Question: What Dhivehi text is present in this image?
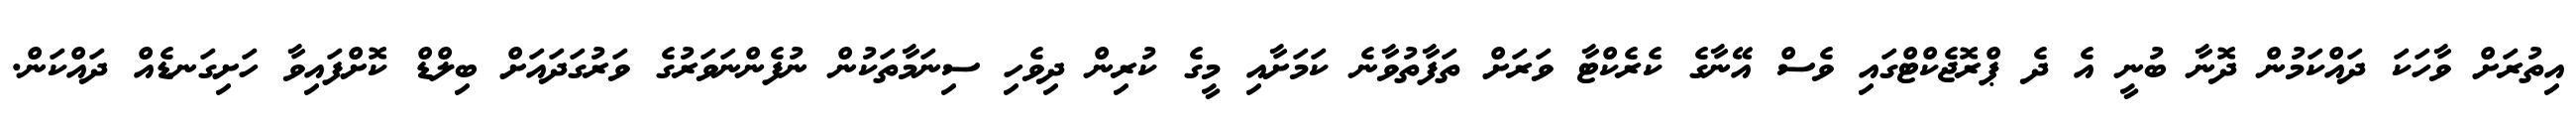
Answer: އިތުރަށް ވާހަކަ ދައްކަމުން ދޮނާ ބުނީ އެ ދެ ޕްރޮޖެކްޓްގައި ވެސް އޭނާގެ ކެރެކްޓާ ވަރަށް ތަފާތުވާނެ ކަމަށާއި މީގެ ކުރިން ދިވެހި ސިނަމާތަކުން ނުފެންނަވަރުގެ ވަރުގަދައަށް ބިލްޑް ކޮށްފައިވާ ހަށިގަނޑެއް ދައްކަން.